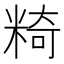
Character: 𥺿